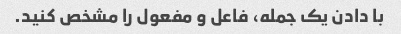
با دادن یک جمله، فاعل و مفعول را مشخص کنید.